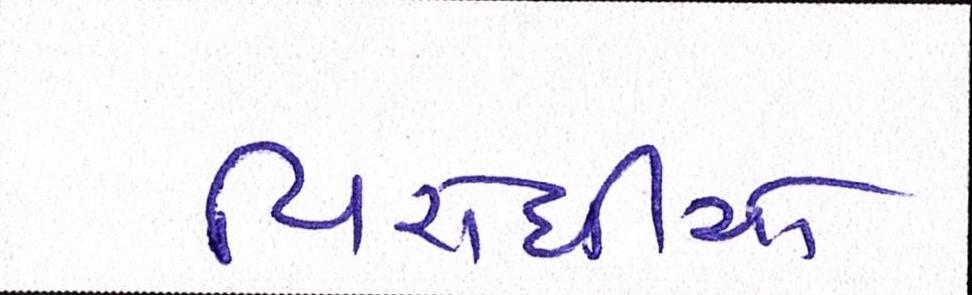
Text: વિરોધીઓ